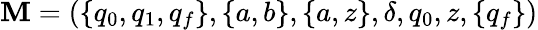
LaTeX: \mathbf{M}=(\{ q_{0},q_{1},q_{f}\} ,\{ a,b\} ,\{ a,z\} ,\delta,q_{0},z,\{ q_{f}\} )